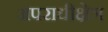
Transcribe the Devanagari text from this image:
अपराधीक्षेत्र